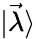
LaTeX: |\vec{\lambda}\rangle